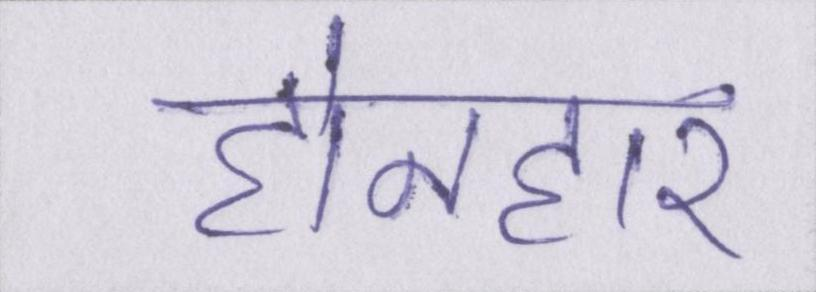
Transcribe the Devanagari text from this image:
होनहार